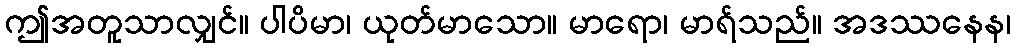
ဤအတူသာလျှင်။ ပါပိမာ၊ ယုတ်မာသော။ မာရော၊ မာရ်သည်။ အဒဿနေန၊